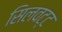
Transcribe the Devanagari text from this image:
सिलवट्ट